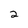
Character: 2